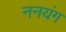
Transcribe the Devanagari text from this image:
ननयंग